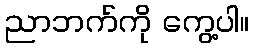
ညာဘက်ကို ကွေ့ပါ။